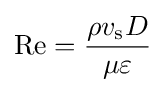
\mathrm {Re} ={\frac {\rho v_{\text{s}}D}{\mu \varepsilon }}